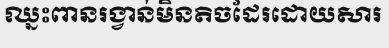
ឈ្នះពានរង្វាន់មិនតិចដែរដោយសារ